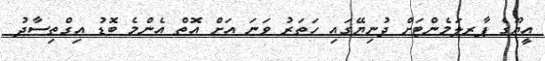
އީޔޫގެ ޕާރލަމެންޓަށް ދުނިޔޭގައި ހަތަރު ވަނަ އަށް އޮތް އެންމެ ބޮޑު އިގްތިސާދު